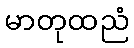
မာတုထညံ